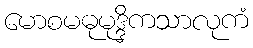
မောစမဓုမုဒ္ဒိကသာလုကံ